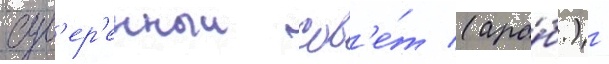
сув'ер'енныи сов'е́т (ара́б.) -